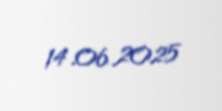
14.06.2025